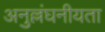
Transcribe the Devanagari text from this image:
अनुल्लंघनीयता